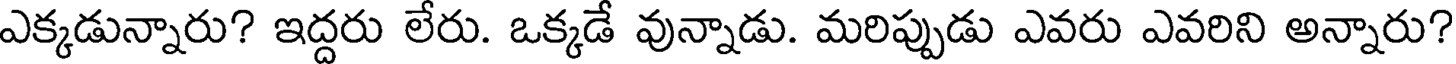
ఎక్కడున్నారు? ఇద్దరు లేరు. ఒక్కడే వున్నాడు. మరిప్పుడు ఎవరు ఎవరిని అన్నారు?